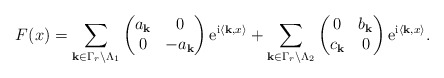
\begin{align*}F(x)=\sum_{{\bf k}\in \Gamma_{r}\backslash \Lambda_{1}} \begin{pmatrix}a_{\bf k}&0\\0&-a_{\bf k}\end{pmatrix}{\rm e}^{{\rm i}\langle{\bf k},x\rangle} + \sum_{{\bf k}\in \Gamma_{r}\backslash \Lambda_{2}} \begin{pmatrix}0&b_{\bf k}\\c_{\bf k}&0\end{pmatrix}{\rm e}^{{\rm i}\langle{\bf k},x\rangle}.\end{align*}